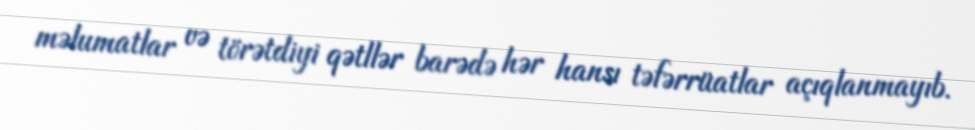
məlumatlar və törətdiyi qətllər barədə hər hansı təfərrüatlar açıqlanmayıb.